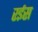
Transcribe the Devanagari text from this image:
रर्इस